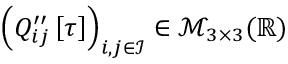
\left( Q _ { i j } ^ { \prime \prime } \left[ \tau \right] \right) _ { i , j \in \mathcal { I } } \in \mathcal { M } _ { 3 \times 3 } ( \mathbb { R } )